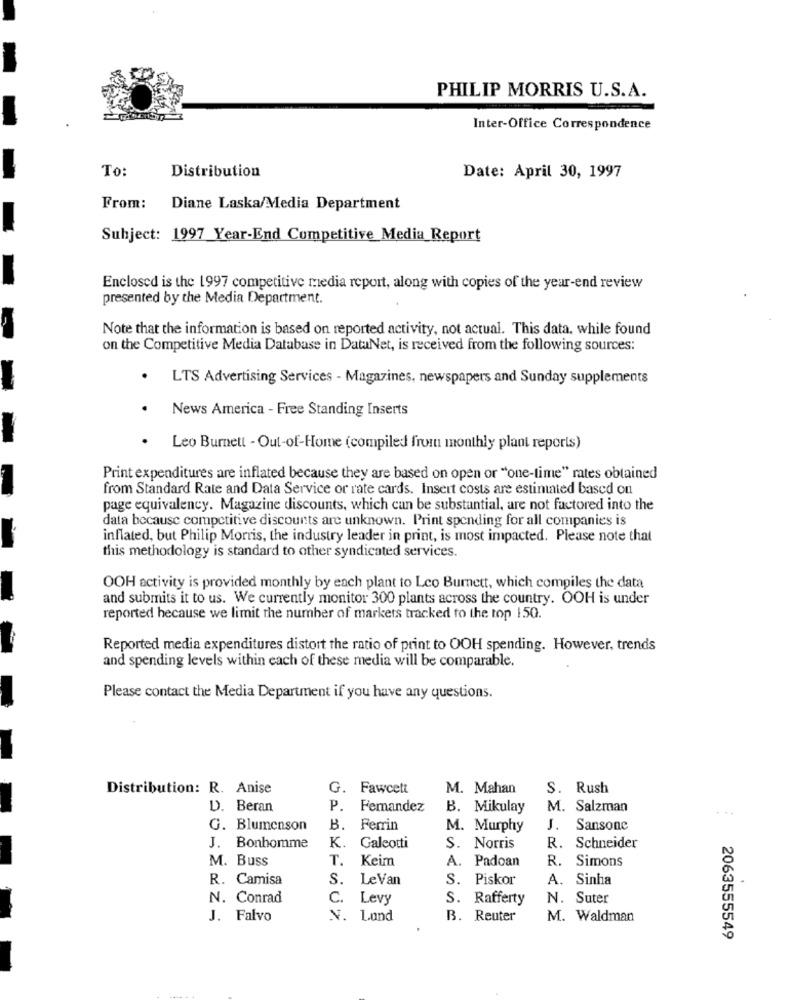
PHILIP MORRIS U.S.A.
Inter-Office Correspondence
To:
Distribution
Date: April 30, 1997
From:
Diane Laska/Media Department
Subject: 1997 Year-End Competitive Media Report
Enclosed is the 1997 competitive media report, along with copies of the year-end review
presented by the Media Department.
Note that the information is based on reported activity, not actual. This data. while found
on the Competitive Media Database in DataNet, is received from the following sources:
.
LTS Advertising Services - Magazines, newspapers and Sunday supplements
.
News America - Free Standing Inserts
.
Leo Burnett - Out-of-Home (compiled from monthly plant reports)
Print expenditures are inflated because they are based on open or "one-time" rates obtained
from Standard Rate and Data Service or rate cards. Insert costs are estimated based on
page equivalency. Magazine discounts, which can be substantial, are not factored into the
data because competitive discounts are unknown. Print spending for all companies is
inflated, but Philip Morris, the industry leader in print, is most impacted. Please note that
this methodology is standard to other syndicated services.
OOH activity is provided monthly by each plant to Leo Burnett, which compiles the data
and submits it to us. We currently monitor 300 plants across the country. OOH is under
reported hecause we limit the number of markets tracked to the top 150.
Reported media expenditures distort the ratio of print to OOH spending. However, trends
and spending levels within each of these media will be comparable.
Please contact the Media Department if you have any questions.
Distribution: R. Anise
G. Fawcett
M. Mahan
S. Rush
D. Beran
P. Femandez
B. Mikulay
M. Salzman
...
G. Blumenson
B. Ferrin
M. Murphy
J. Sansone
J. Bonhomme
K. Galeotti
S. Norris
R. Schneider
M. Buss
T. Keim
A. Padoan
R. Simons
R. Camisa
S.
LeVan
S. Piskor
A. Sinha
N. Conrad
C.
Levy
S. Rafferty
N. Suter
J. Falvo
V. Lund
B. Reuter
M. Waldman
2063555549